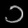
Digit: ၁